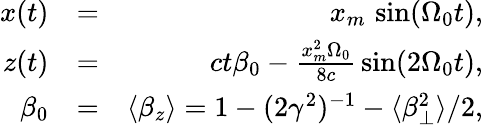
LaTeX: \begin{array}{rlr}{x(t)}&{=}&{x_{m}\, \sin(\Omega_{0}t),}\\ {z(t)}&{=}&{ct\beta_{0}-\frac{x_{m}^{2}\Omega_{0}}{8c}\, \sin(2\Omega_{0}t),}\\ {\beta_{0}}&{=}&{\langle\beta_{z}\rangle=1-(2\gamma^{2})^{-1}-\langle\beta_{\perp}^{2}\rangle/2,}\end{array}